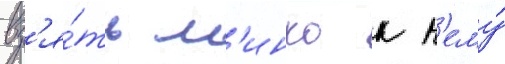
вз'я́ть м'инко к н'ему́